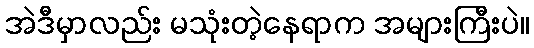
အဲဒီမှာလည်း မသုံးတဲ့နေရာက အများကြီးပဲ။